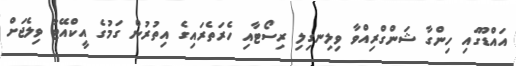
އައްޑޫގައި ހިންގާ ޝަންގްރިއްވާ ވިލިނގިލި ރިސޯޓާއި ހެރަތެރައިގެ އިތުރުން ގަމުގެ އީކްއޭޓާ ވިލެޖަށް